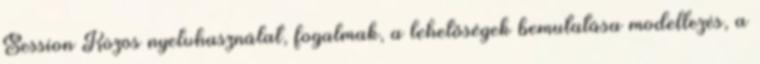
Session Közös nyelvhasználat, fogalmak, a lehetőségek bemutatása modellezés, a